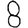
Digit: 8